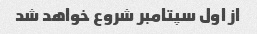
از اول سپتامبر شروع خواهد شد